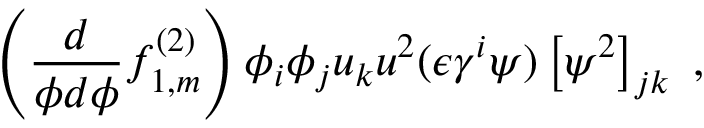
\left( \frac { d } { \phi d \phi } f _ { 1 , m } ^ { ( 2 ) } \right) \phi _ { i } \phi _ { j } u _ { k } u ^ { 2 } ( \epsilon \gamma ^ { i } \psi ) \left[ \psi ^ { 2 } \right] _ { j k } ~ ,